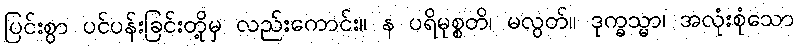
ပြင်းစွာ ပင်ပန်းခြင်းတို့မှ လည်းကောင်း။ န ပရိမုစ္စတိ၊ မလွတ်။ ဒုက္ခသ္မာ၊ အလုံးစုံသော